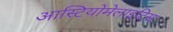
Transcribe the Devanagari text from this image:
आस्टियोमेलाइटिस